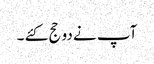
آپ نے دو حج کئے ۔